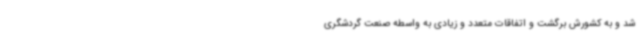
شد و به کشورش برگشت و اتفاقات متعدد و زیادی به واسطه صنعت گردشگری